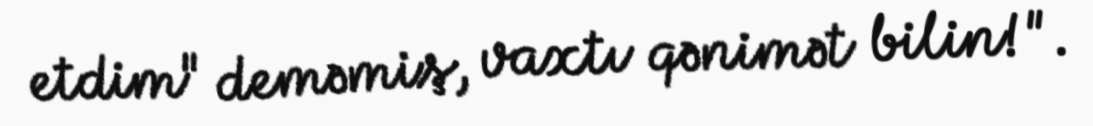
etdim" deməmiş, vaxtı qənimət bilin!".